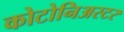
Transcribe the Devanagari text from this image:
कोटोनिअस्टर